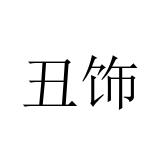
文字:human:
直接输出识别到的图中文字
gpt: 丑饰